system: You are a helpful assistant.
user:
Analyze the provided spectrum to determine if it is a **S-type Star**.

- **Key Indicators for S-type Star:**

    - **(Overall Spectrum Shape):** The first and most obvious characteristic is the overall continuum (the "baseline" shape). It is **extremely "red-sloping,"** meaning the flux (light intensity) is very low on the left side (blue, ~4000-4500 Å) and rises steeply and continuously toward the right side (red, ~7000 Å+).

    - **(Primary):** The spectrum is defined by the presence of strong, broad molecular absorption "valleys" (bands) from **Zirconium Oxide (ZrO)**. The identification of these bands is the **primary requirement** for classifying a star as S-type.
        - **(Key Bandheads):** You must find distinct, deep "dips" where the light has been absorbed. The most critical band systems to locate are:
            - **~6474 Å** ($\gamma$-system): This is often the strongest and clearest ZrO feature, found in the red part of the spectrum.
            - **~5718 Å** & **~5551 Å** ($\beta$-system): A pair of prominent absorption features in the yellow-orange part of the spectrum.
            - **~4640 Å** ($\alpha$-system): A key absorption band system in the blue-green region of the spectrum.

    - **(Secondary Confirmation):** The classification is strengthened by finding additional absorption bands from other related heavy element oxides, which are expected to be present alongside ZrO.
        - **(Key Bandheads):**
            - **Yttrium Oxide (YO):** Look for absorption dips near **~4800 Å** and **~6100 Å**.
            - **Lanthanum Oxide (LaO):** Additional absorption features, particularly in the red-orange part of the spectrum, are also characteristic.

    - **(Line Profile):** The combination of the steep red continuum and these numerous, deep molecular bands (ZrO, YO, etc.) gives the entire spectrum a very **"chopped-up"** or **"bumpy"** appearance. Instead of a smooth curve, the spectrum looks as though large, wide chunks of light have been "carved out" of it at the specific wavelengths listed above.

Think first, call **spectral_visualization_tool** if needed to examine features in detail, then provide your final answer. Your response must adhere to the following strict rules:
1.  **Overall Structure:** Your response must follow the format `<think>...</think> <tool_call>...</tool_call> (if a tool is used) <answer>...</answer>`.
2.  **Tool Usage Constraint:** You may only make **one** tool call per turn.
3.  **Final Answer Format:** In the `<answer>` tag, your conclusion must be inside a `\boxed{}` command (e.g., `\boxed{YES}` or `\boxed{NO}`), followed by your justification.

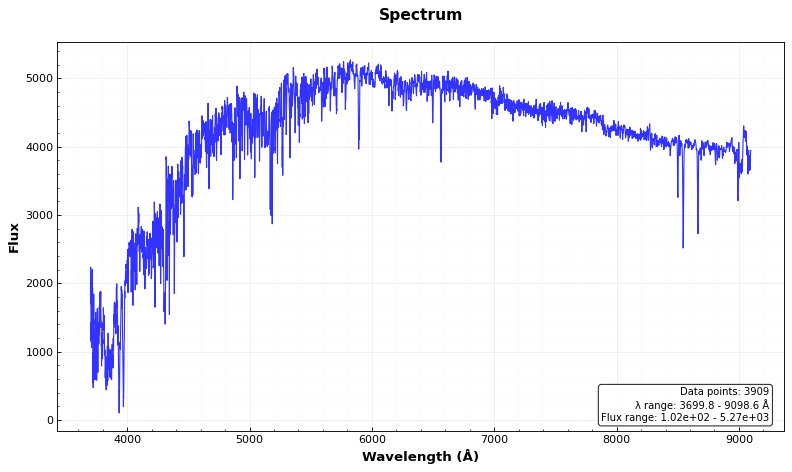
Answer: NO